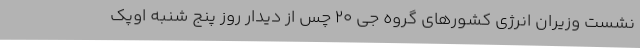
نشست وزیران انرژی کشورهای گروه جی 20 چس از دیدار روز پنج شنبه اوپک